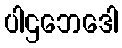
ပါဌဘေဒေါ